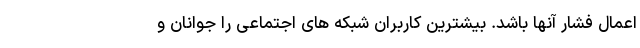
اعمال فشار آنها باشد. بیشترین کاربران شبکه های اجتماعی را جوانان و